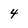
Character: 4